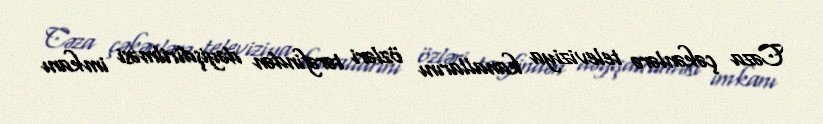
Cəza çəkənlərə televiziya kanallarını özləri tərəfindən dəyişdirilməsi imkanı